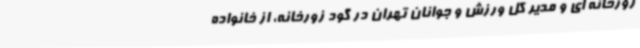
زورخانه ای و مدیر کل ورزش و جوانان تهران در گود زورخانه، از خانواده